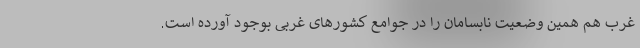
غرب هم همین وضعیت نابسامان را در جوامع کشورهای غربی بوجود آورده است.